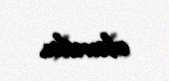
olundu.